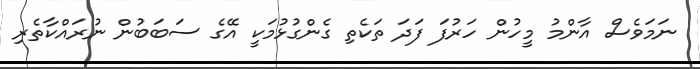
ނަމަވެސް އާންމު މީހުން ހަރުފަ ފަދަ ތަކެތި ގެންގުޅުމަކީ އޭގެ ސަބަބުން ނުރައްކާތެރި